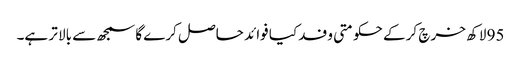
95 لاکھ خرچ کر کے حکومتی وفد کیا فوائد حاصل کرے گا سمجھ سے بالا تر ہے۔